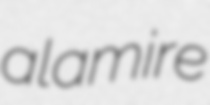
alamire